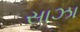
સાઝા